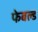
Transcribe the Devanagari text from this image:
फेबल्ड